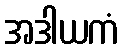
အဒါယကံ